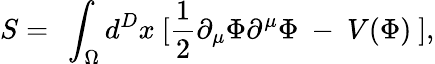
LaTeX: S=~\int_{\Omega}d^{D}x~[\frac{1}{2}\partial_{\mu}\Phi\partial^{\mu}\Phi~-~V(\Phi)~],